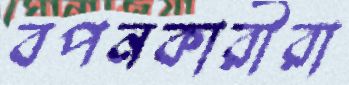
বপনকারীরা